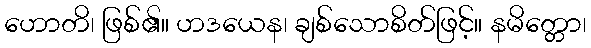
ဟောတိ၊ ဖြစ်၏။ ဟဒယေန၊ ချစ်သောစိတ်ဖြင့်။ နမိတ္တော၊